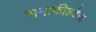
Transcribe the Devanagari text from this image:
समाफील्डेज़